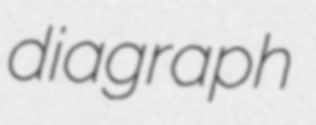
diagraph